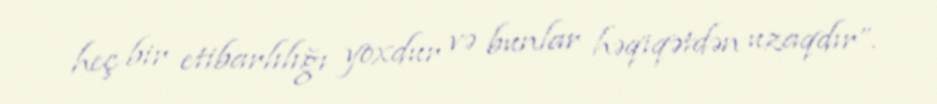
heç bir etibarlılığı yoxdur və bunlar həqiqətdən uzaqdır”.